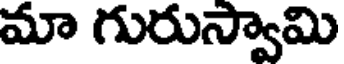
మా గురుస్వామి